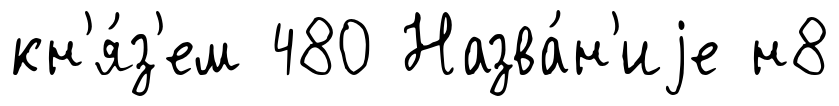
кн'я́з'ем 480 Назва́н'иjе н8